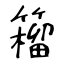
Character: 籕